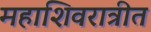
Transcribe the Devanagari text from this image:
महाशिवरात्रीत